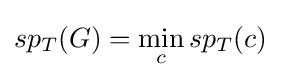
sp_{T}(G)=\min _{c}sp_{T}(c)